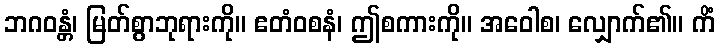
ဘဂဝန္တံ၊ မြတ်စွာဘုရားကို။ ဧတံဝစနံ၊ ဤစကားကို။ အဝေါစ၊ လျှောက်၏။ ကိံ